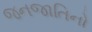
જનજાતિનો